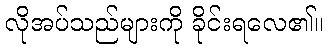
လိုအပ်သည်များကို ခိုင်းရလေ၏။